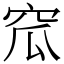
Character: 窊